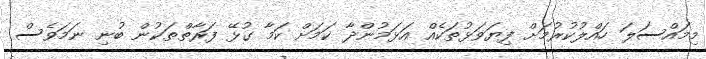
މިމައްސަލަ ހައްލުކުރުމަށް ފިޔަވަޅުތަކެއް އަޅަމުންދާ ކަމަށް ކަމާ ގުޅޭ ފަރާތްތަކުން ބުނި ނަމަވެސް